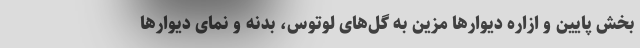
بخش پایین و ازاره دیوارها مزین به گل‌های لوتوس، بدنه و نمای دیوارها